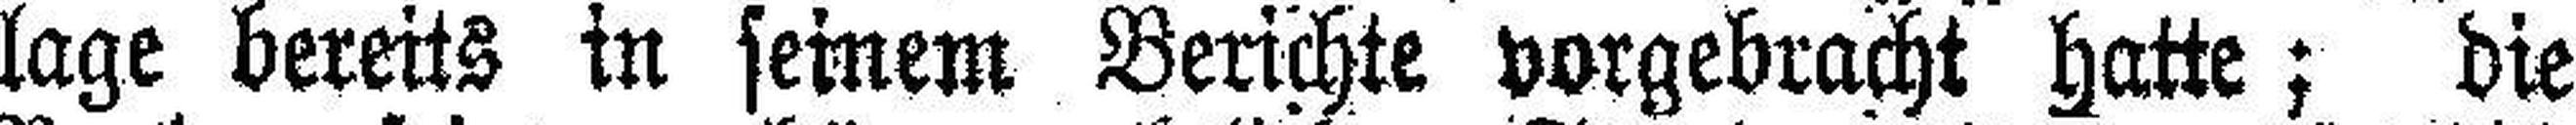
lage bereits in seinem Berichte vorgebracht hatte; die